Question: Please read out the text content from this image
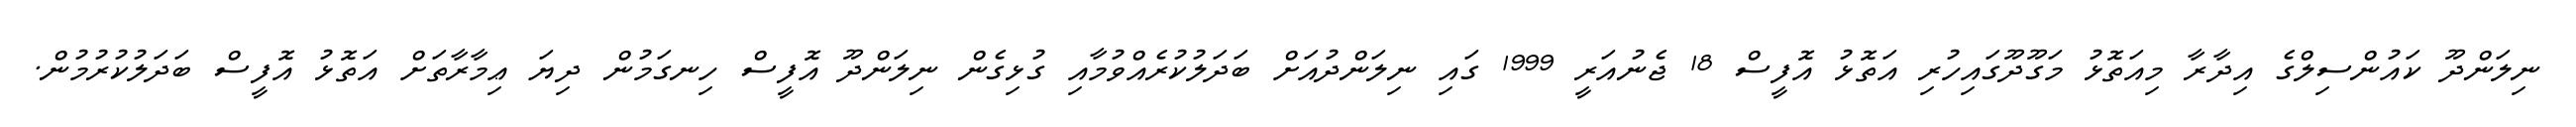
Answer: ނިލަންދޫ ކައުންސިލްގެ އިދާރާ މިއަތޮޅު މަގޫދޫގައިހުރި އަތޮޅު އޮފީސް 18 ޖެނުއަރީ 1999 ގައި ނިލަންދުއަށް ބަދަލުކުރެއްވުމާއި ގުޅިގެން ނިލަންދޫ އޮފީސް ހިނގަމުން ދިޔަ ޢިމާރާތަށް އަތޮޅު އޮފީސް ބަދަލުކުރުމުން.